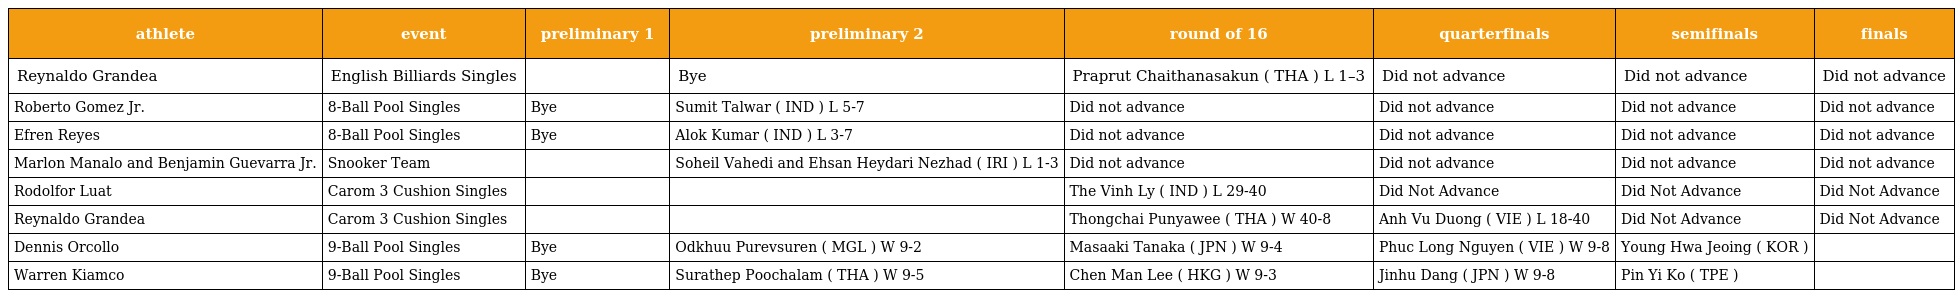
| athlete | event | preliminary 1 | preliminary 2 | round of 16 | quarterfinals | semifinals | finals |
 | --- | --- | --- | --- | --- | --- | --- | --- |
 | Reynaldo Grandea | English Billiards Singles |  | Bye | Praprut Chaithanasakun ( THA ) L 1–3 | Did not advance | Did not advance | Did not advance |
 | Roberto Gomez Jr. | 8-Ball Pool Singles | Bye | Sumit Talwar ( IND ) L 5-7 | Did not advance | Did not advance | Did not advance | Did not advance |
 | Efren Reyes | 8-Ball Pool Singles | Bye | Alok Kumar ( IND ) L 3-7 | Did not advance | Did not advance | Did not advance | Did not advance |
 | Marlon Manalo and Benjamin Guevarra Jr. | Snooker Team |  | Soheil Vahedi and Ehsan Heydari Nezhad ( IRI ) L 1-3 | Did not advance | Did not advance | Did not advance | Did not advance |
 | Rodolfor Luat | Carom 3 Cushion Singles |  |  | The Vinh Ly ( IND ) L 29-40 | Did Not Advance | Did Not Advance | Did Not Advance |
 | Reynaldo Grandea | Carom 3 Cushion Singles |  |  | Thongchai Punyawee ( THA ) W 40-8 | Anh Vu Duong ( VIE ) L 18-40 | Did Not Advance | Did Not Advance |
 | Dennis Orcollo | 9-Ball Pool Singles | Bye | Odkhuu Purevsuren ( MGL ) W 9-2 | Masaaki Tanaka ( JPN ) W 9-4 | Phuc Long Nguyen ( VIE ) W 9-8 | Young Hwa Jeoing ( KOR ) |  |
 | Warren Kiamco | 9-Ball Pool Singles | Bye | Surathep Poochalam ( THA ) W 9-5 | Chen Man Lee ( HKG ) W 9-3 | Jinhu Dang ( JPN ) W 9-8 | Pin Yi Ko ( TPE ) |  |